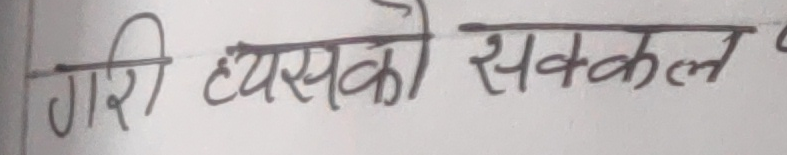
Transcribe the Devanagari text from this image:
गरि त्यसको सककल